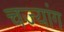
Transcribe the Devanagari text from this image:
चज्यांग